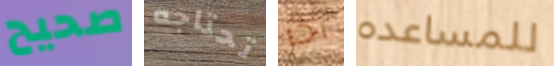
صحيح تحتاجه آخر للمساعده